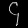
Digit: ၄